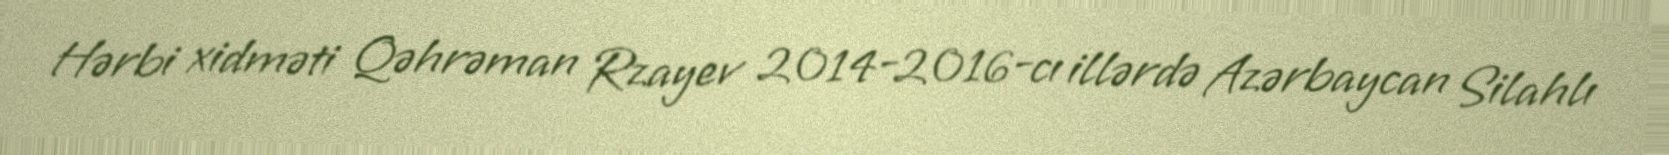
Hərbi xidməti Qəhrəman Rzayev 2014-2016-cı illərdə Azərbaycan Silahlı